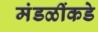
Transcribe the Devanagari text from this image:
मंडळींकडे